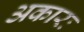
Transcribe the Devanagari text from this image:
अकारः